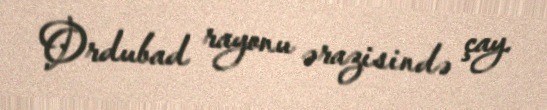
Ordubad rayonu ərazisində çay.